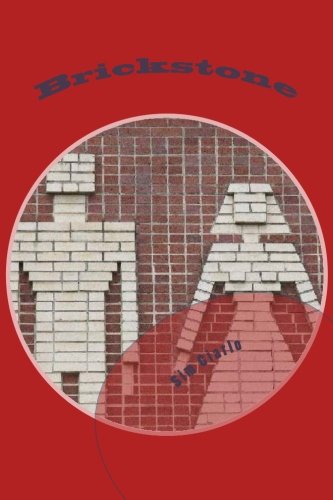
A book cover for Brickstone; Sim Ciarlo; Literature & Fiction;